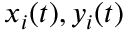
x _ { i } ( t ) , y _ { i } ( t )